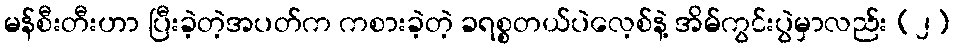
မန်စီးတီးဟာ ပြီးခဲ့တဲ့အပတ်က ကစားခဲ့တဲ့ ခရစ္စတယ်ပဲလေ့စ်နဲ့ အိမ်ကွင်းပွဲမှာလည်း (၂)